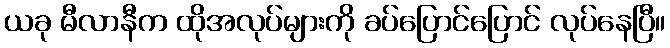
ယခု မီလာနီက ထိုအလုပ်များကို ခပ်ပြောင်ပြောင် လုပ်နေပြီ။